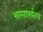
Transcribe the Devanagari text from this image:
भारतापर्यंतच